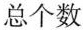
总个数